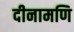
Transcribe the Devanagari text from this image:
दीनामणि